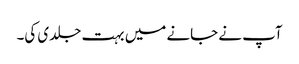
آپ نے جانے میں بہت جلدی کی۔